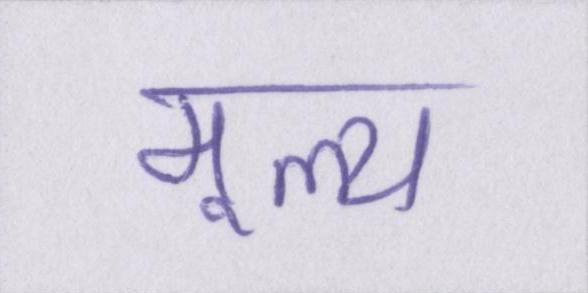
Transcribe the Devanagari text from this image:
मूल्य